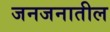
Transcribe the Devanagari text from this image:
जनजनातील